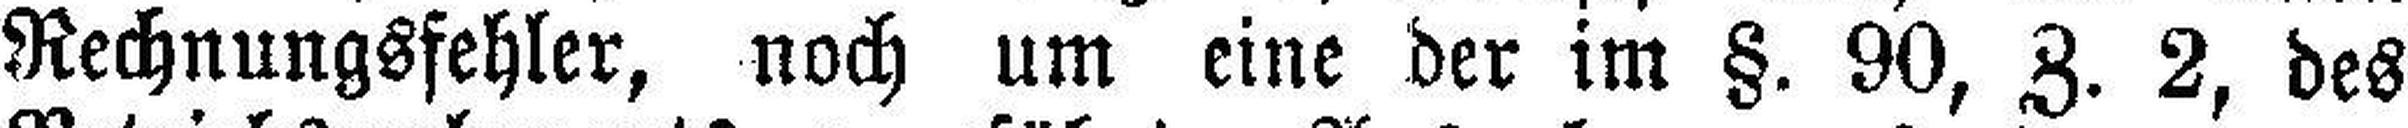
Rechnungsfehler, noch um eine der im §. 90, Z. 2, des